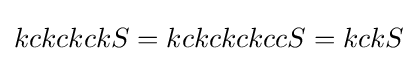
kckckckS=kckckckccS=kckS